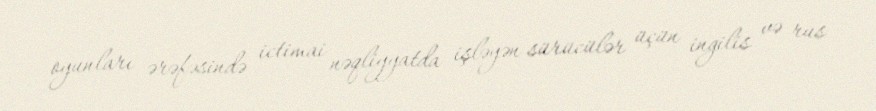
oyunları ərəfəsində ictimai nəqliyyatda işləyən sürücülər üçün ingilis və rus